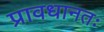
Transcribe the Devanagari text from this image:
प्रावधानतः